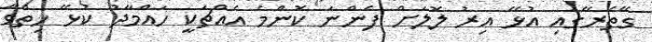
ގޭތެރޭގައި އުޅޭ އިރު ލޮލަށް ފެންނަ ކޮންމެ އެއްޗަކީ ހައްމާދު ކުޅޭ ހިތްވާ